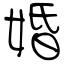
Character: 婚